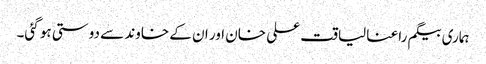
ہماری بیگم راعنا لیاقت علی خان اور ان کے خاوند سے دوستی ہو گئی۔